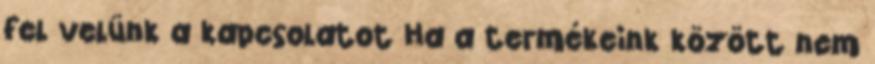
fel velünk a kapcsolatot Ha a termékeink között nem